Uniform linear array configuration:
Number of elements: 12
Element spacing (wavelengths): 1
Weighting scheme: exponential
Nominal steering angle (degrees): -30
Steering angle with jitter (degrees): -30.035
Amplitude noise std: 0.05
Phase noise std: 0.05

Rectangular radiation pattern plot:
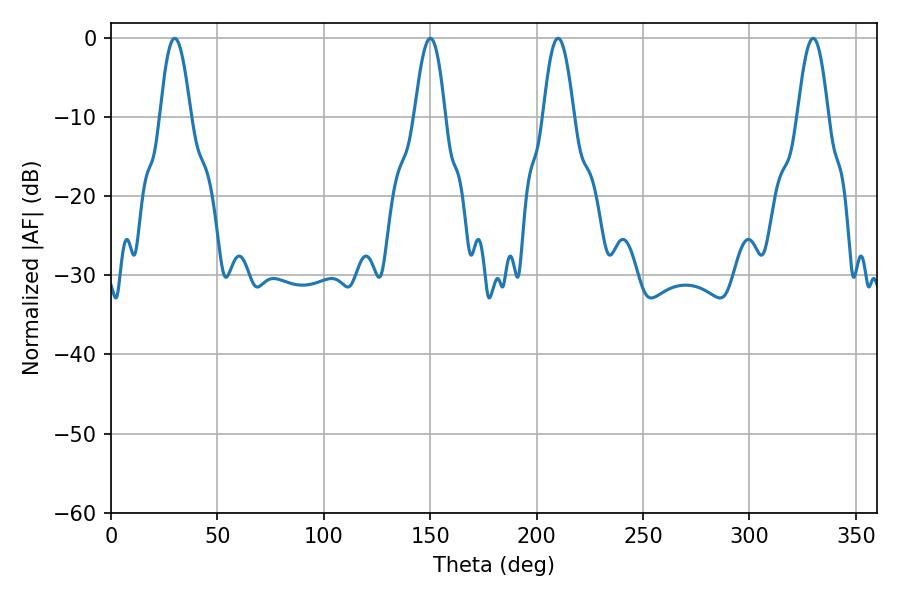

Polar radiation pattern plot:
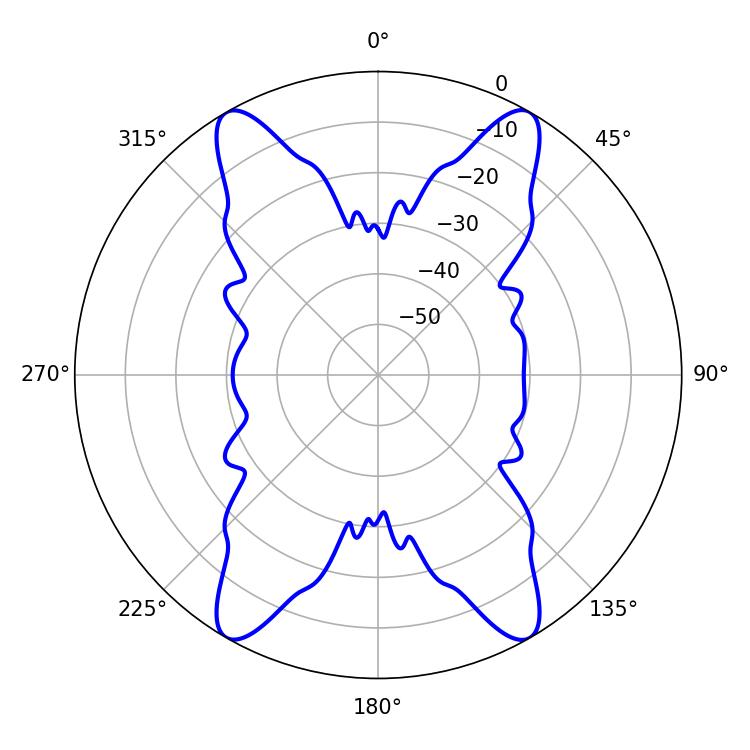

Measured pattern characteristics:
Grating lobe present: TRUE
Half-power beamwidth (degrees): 7.74
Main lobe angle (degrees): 210.06